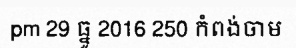
pm 29 ធ្នូ 2016 250 កំពង់ចាម